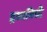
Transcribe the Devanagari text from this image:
द्रव्यनिधी